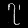
Digit: ၇